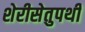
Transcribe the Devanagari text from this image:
शेरीसेतुपथी